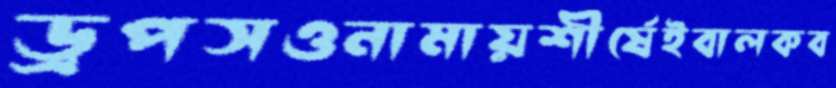
ড্রপসওনামায়শীর্ষেইবালকব